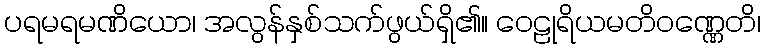
ပရမရမဏိယော၊ အလွန်နှစ်သက်ဖွယ်ရှိ၏။ ဝေဠုရိယမတိဝဏ္ဏေတိ၊